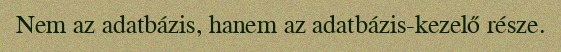
Nem az adatbázis, hanem az adatbázis-kezelő része.